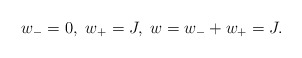
\begin{align*}w_-=0, \ w_+=J, \ w=w_-+w_+=J.\end{align*}